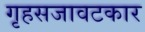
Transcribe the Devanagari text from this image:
गृहसजावटकार